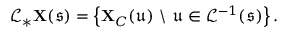
\mathcal { L } _ { * } \mathbf { X } ( \mathfrak { s } ) = \left\{ \mathbf { X } _ { C } ( \mathfrak { u } ) \ \backslash \ \mathfrak { u } \in \mathcal { L } ^ { - 1 } ( \mathfrak { s } ) \right\} .